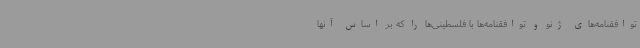
توافقنامه‌های ژنو و توافقنامه‌ها با فلسطینی‌ها را که بر اساس آنها